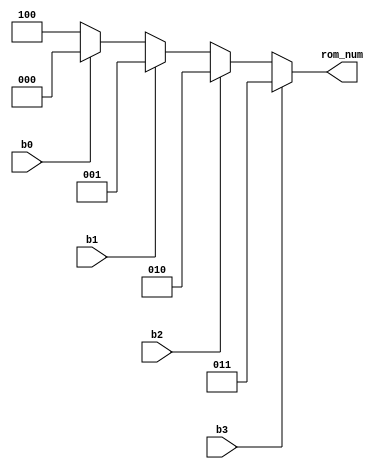
module key_to_rom(
	input            b0,
	input            b1,
	input            b2,
	input            b3,
	output reg [2:0] rom_num
	);

	always @(*) begin
	
		if(b3)      // execute the 'reset' ROM
			rom_num = 3; 
		else if(b2) // execute the 'add hundred' ROM
			rom_num = 2;
		else if(b1) // execute the 'add ten' ROM
			rom_num = 1;
		else if(b0) // execute the 'add one' ROM
			rom_num = 0;
		else        // do nothing
			rom_num = 4;
			
	end

endmodule